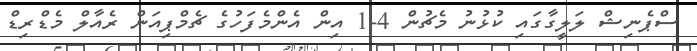
ސްޕެނިޝް ލަލީގާގައި ކުޅުނު މެޗުން 4-1 އިން އެންމެފަހުގެ ޗެމްޕިއަން ރެއާލް މެޑްރިޑް